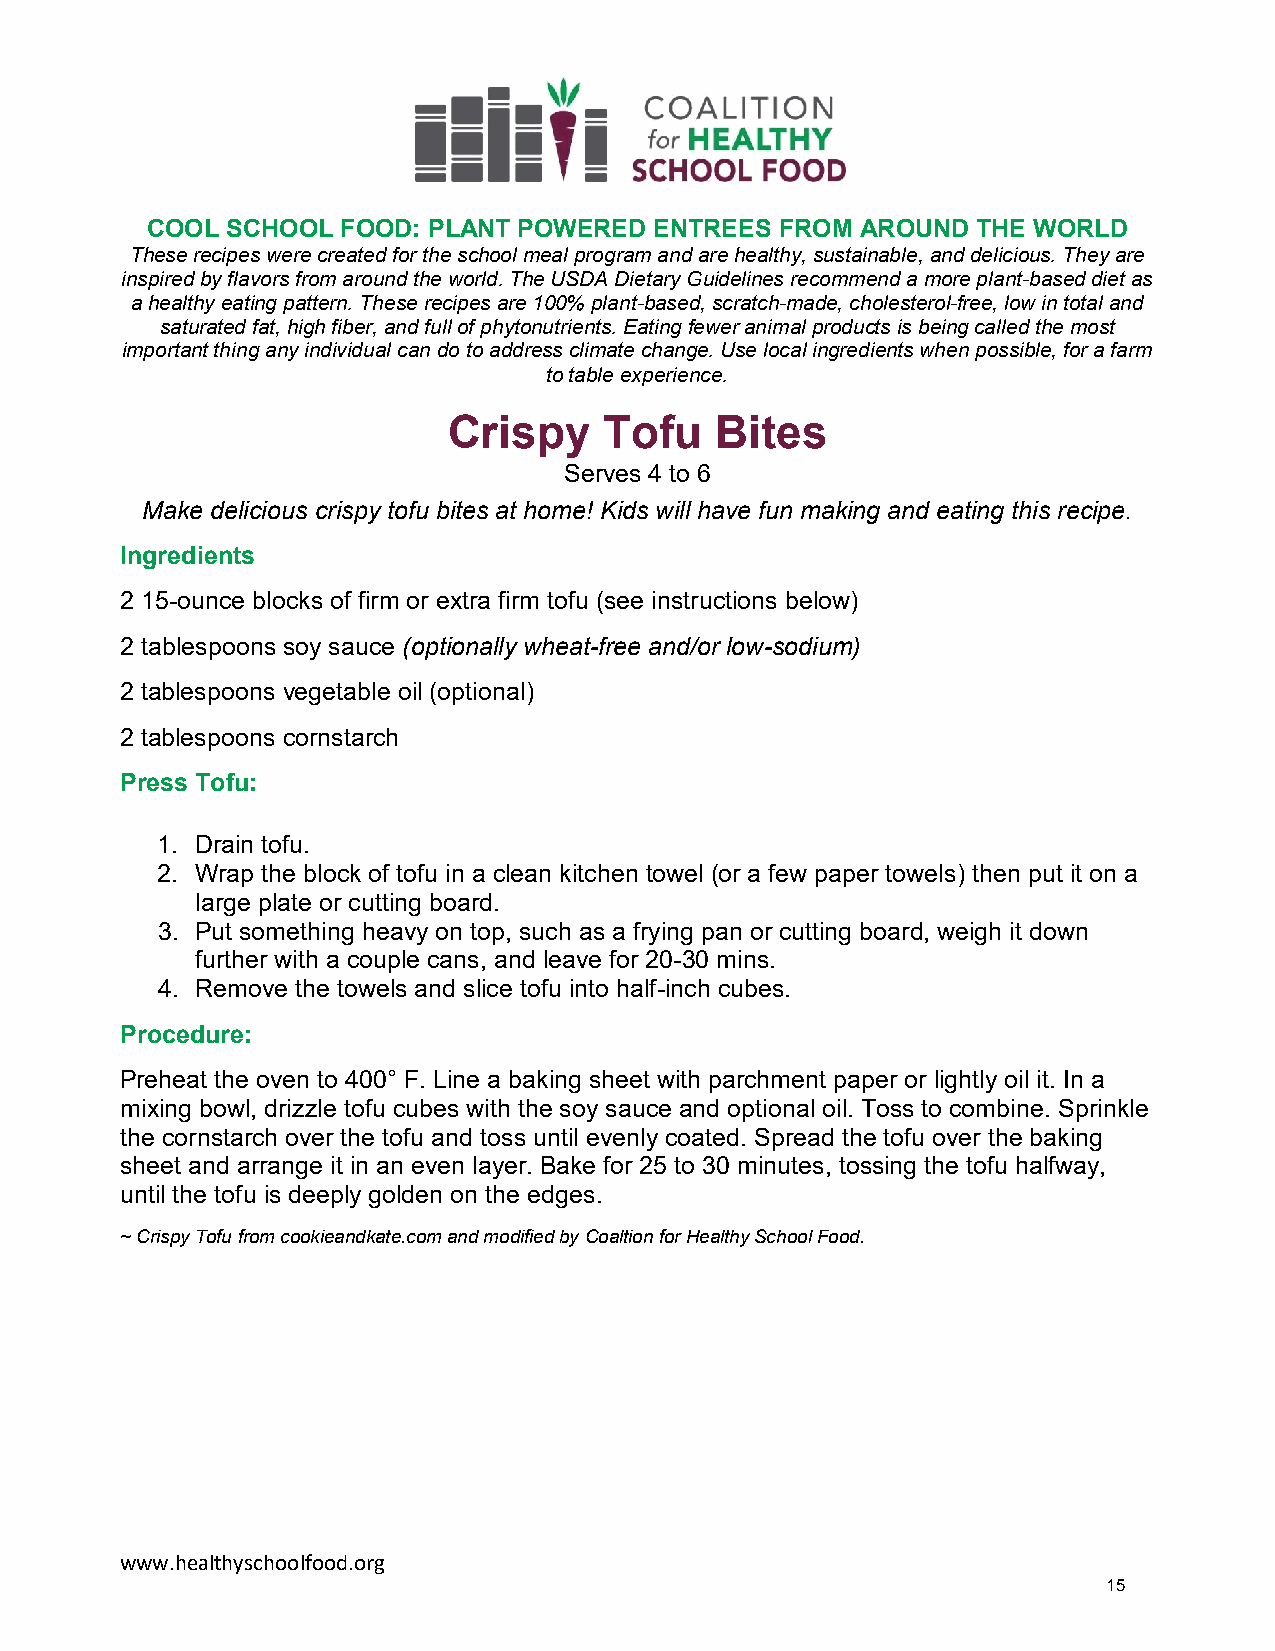
COOL SCHOOL  FOOD: PLANT POWERED ENTREES  FROM AROUND  THE WORLD
 These recipes were created for the school meal program and are healthy, sustainable, and delicious. They are
 inspired by flavors from around the world. The USDA Dietary Guidelines recommend a more plant-based diet as
 a healthy eating pattern. These recipes are 100% plant-based, scratch-made, cholesterol-free, low in total and
 saturated fat, high fiber, and full of phytonutrients. Eating fewer animal products is being called the most
 important thing any individual can do to address climate change. Use local ingredients when possible, for a farm
 to table experience.
 Crispy    Tofu   Bites
 Serves 4 to 6
 Make delicious crispy tofu bites at home! Kids will have fun making and eating this recipe.
 Ingredients
 2 15-ounce blocks of firm or extra firm tofu (see instructions below)
 2 tablespoons soy sauce (optionally wheat-free and/or low-sodium)
 2 tablespoons vegetable oil (optional)
 2 tablespoons cornstarch
 Press Tofu:
 1. Drain tofu.
 2. Wrap the block of tofu in a clean kitchen towel (or a few paper towels) then put it on a
 large plate or cutting board.
 3. Put something heavy on top, such as a frying pan or cutting board, weigh it down
 further with a couple cans, and leave for 20-30 mins.
 4. Remove the towels and slice tofu into half-inch cubes.
 Procedure:
 Preheat the oven to 400° F. Line a baking sheet with parchment paper or lightly oil it. In a
 mixing bowl, drizzle tofu cubes with the soy sauce and optional oil. Toss to combine. Sprinkle
 the cornstarch over the tofu and toss until evenly coated. Spread the tofu over the baking
 sheet and arrange it in an even layer. Bake for 25 to 30 minutes, tossing the tofu halfway,
 until the tofu is deeply golden on the edges.
 ~ Crispy Tofu from cookieandkate.com and modified by Coaltion for Healthy School Food.
 www.healthyschoolfood.org
 15